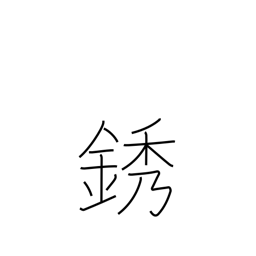
Meaning: rust